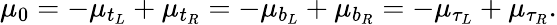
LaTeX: \mu_{0}=-\mu_{t_{L}}+\mu_{t_{R}}=-\mu_{b_{L}}+\mu_{b_{R}}=-\mu_{\tau_{L}}+\mu_{\tau_{R}}.